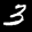
Label: 3